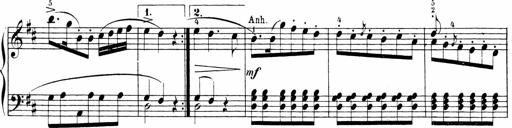
Title: Sonatinen Op.47, 98 und 136, nebst 6 Liedersonatinen
Composer: Carl Reinecke